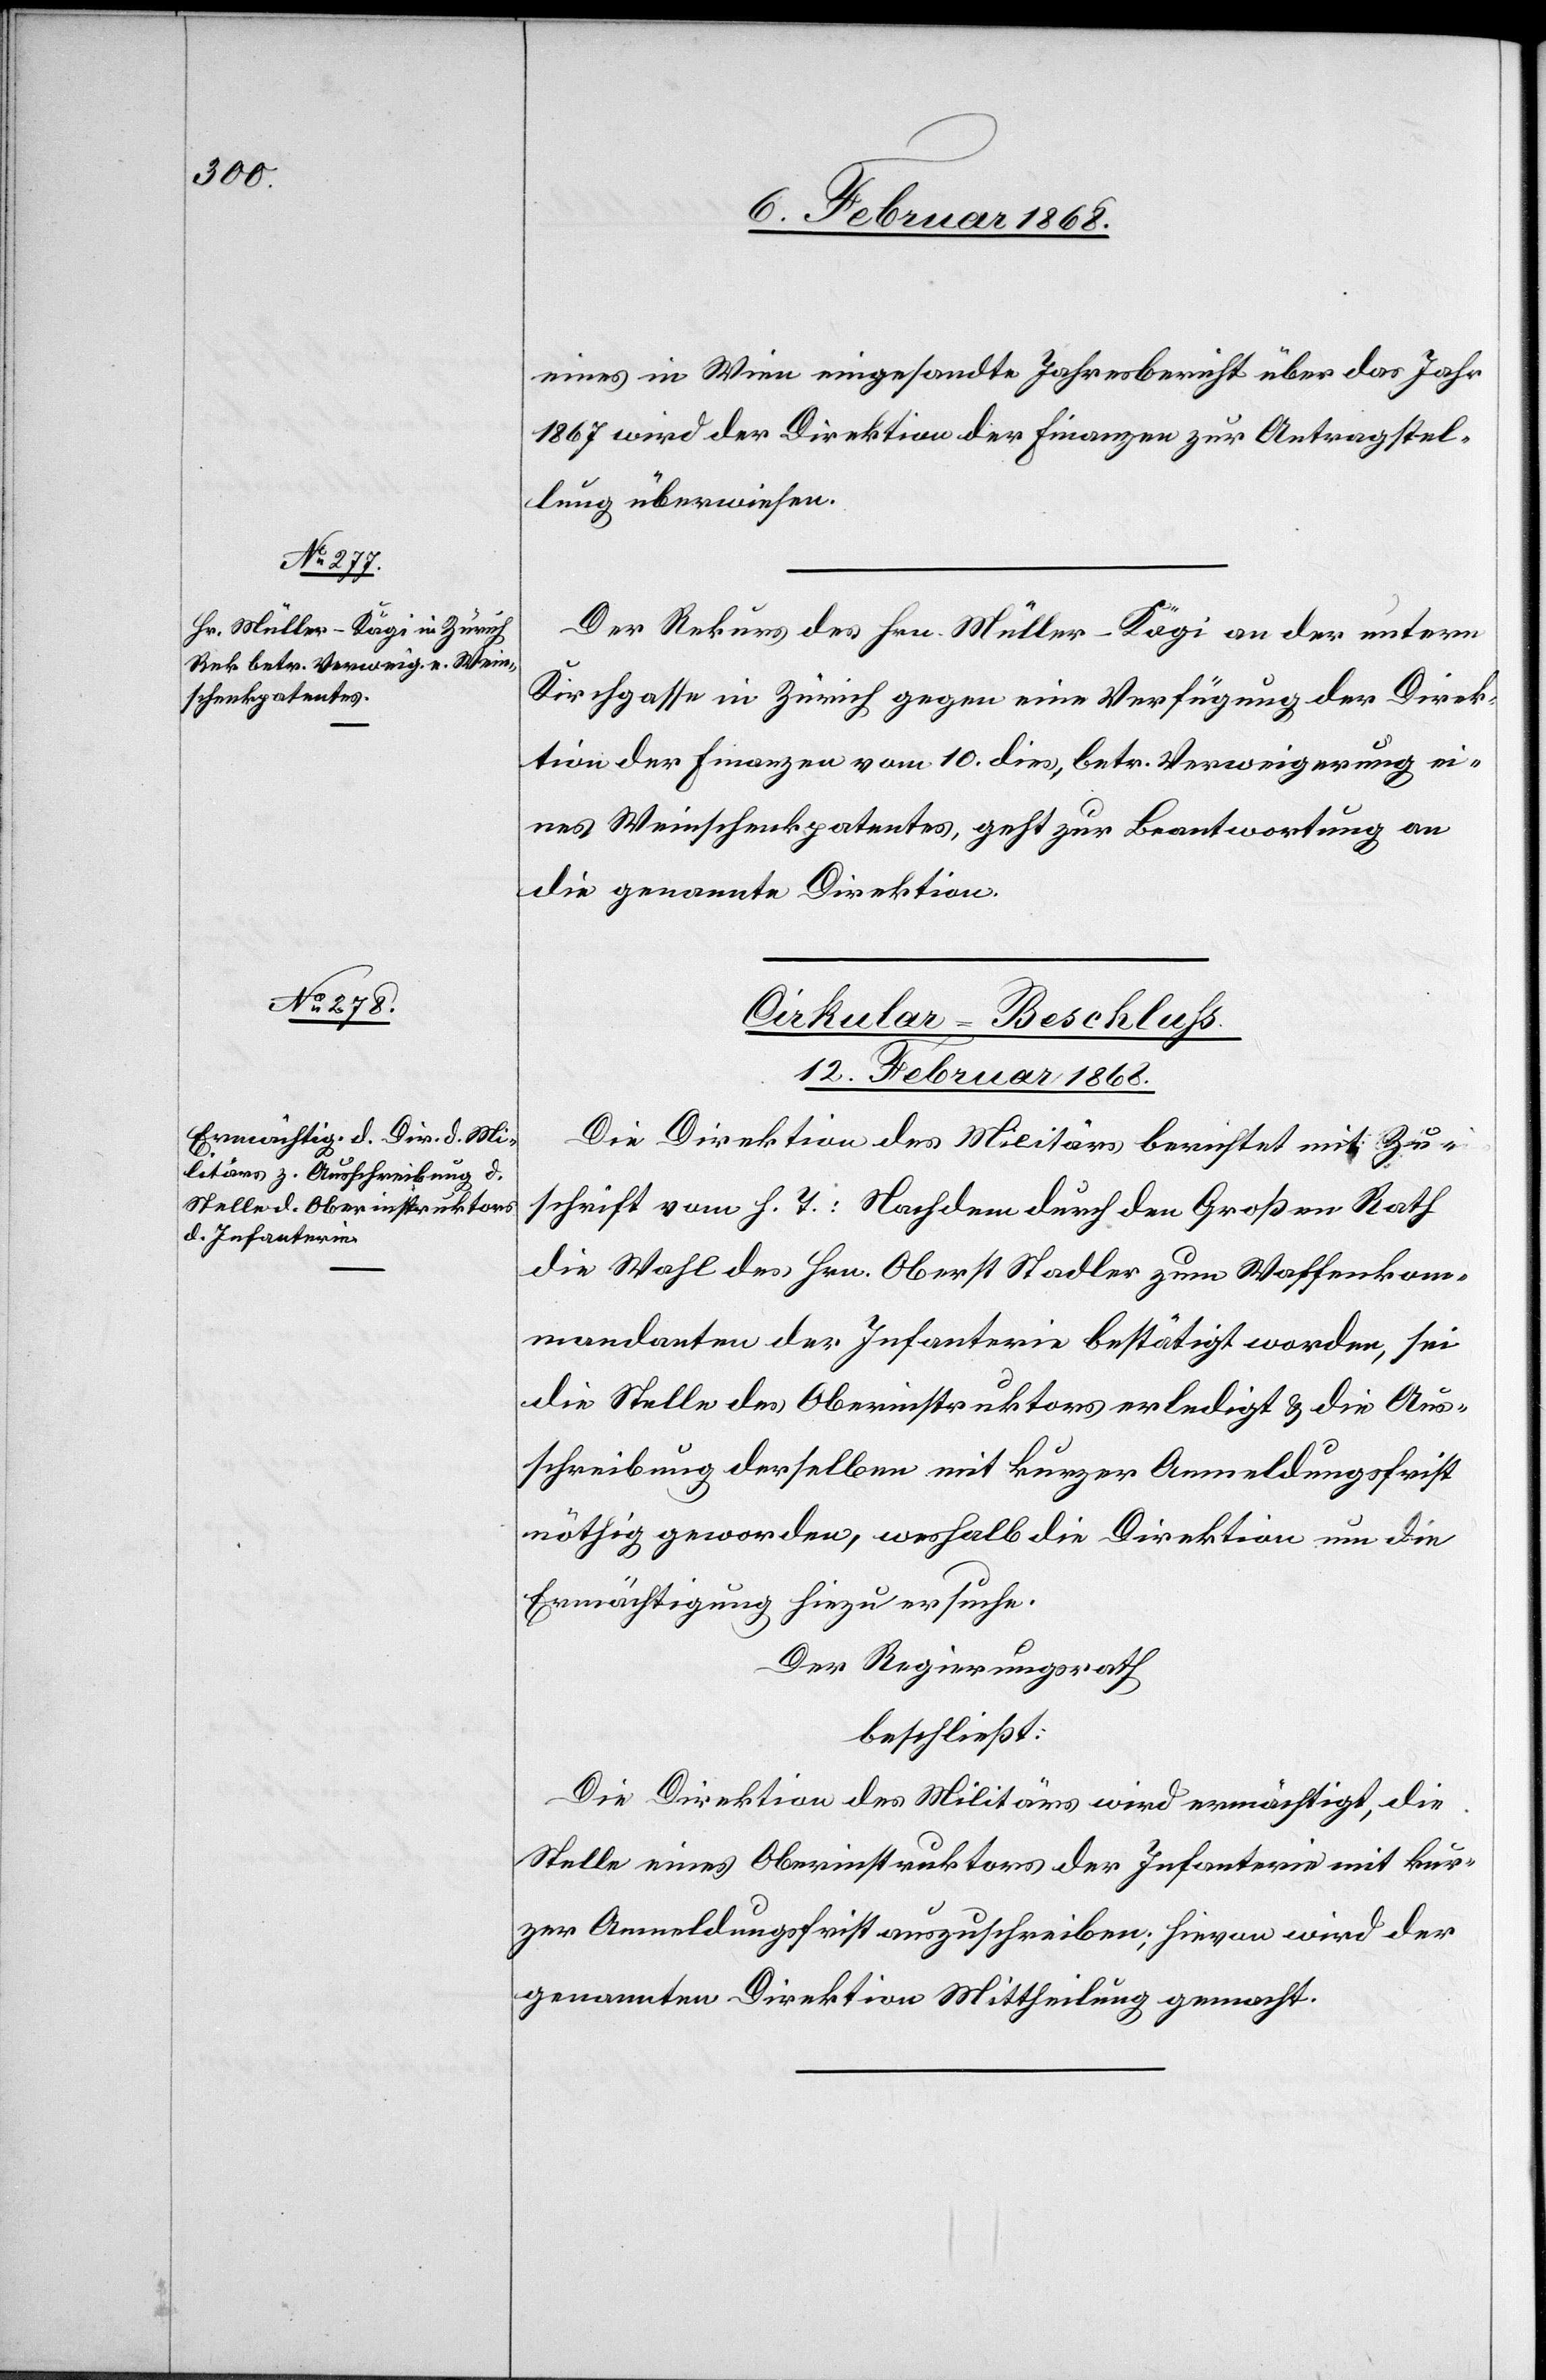
eines in Wien eingesandte Jahresbericht über das Jahr
1867 wird der Direktion der Finanzen zur Antragstel¬
lung überwiesen.
Der Rekurs des Hrn. Müller-Kägi an der untern
Kirchgasse in Zürich gegen eine Verfügung der Direk¬
tion der Finanzen vom 10. dies, betr. Verweigerung ei¬
nes Weinschenkpatentes, geht zur Beantwortung an
die genannte Direktion.
Cirkular-Beschluss.
12. Februar 1868.
Die Direktion des Militärs berichtet mit Zu¬
schrift vom h. T.: Nachdem durch den Großen Rath
die Wahl des Hrn. Oberst Stadler zum Waffenkom¬
mandanten der Infanterie bestätigt worden, sei
die Stelle des Oberinstruktors erledigt & die Aus¬
schreibung derselben mit kurzer Anmeldungsfrist
nöthig geworden, weshalb die Direktion um die
Ermächtigung hiezu ersuche.
Der Regierungsrath
beschließt:
Die Direktion des Militärs wird ermächtigt, die
Stelle eines Oberinstruktors der Infanterie mit kur¬
zer Anmeldungsfrist auszuschreiben; hievon wird der
genannten Direktion Mittheilung gemacht.